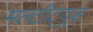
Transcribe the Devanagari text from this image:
मल्टीट्यूड